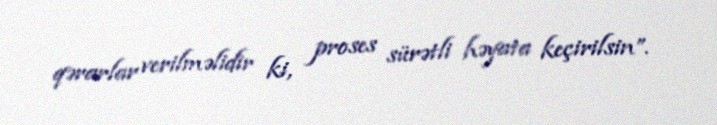
qərarlar verilməlidir ki, proses sürətli həyata keçirilsin”.